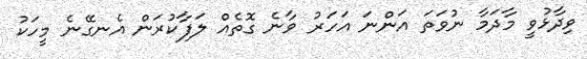
ވިދާޅުވީ މާދަމާ ނުވަތަ އަންނަ އަހަރު ވާނެ ގޮތެއް ލަފާކުރަން އެނގޭނެ މީހަކު